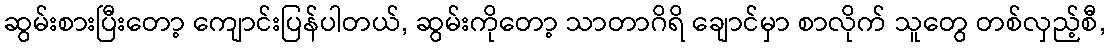
ဆွမ်းစားပြီးတော့ ကျောင်းပြန်ပါတယ်, ဆွမ်းကိုတော့ သာတာဂိရိ ချောင်မှာ စာလိုက် သူတွေ တစ်လှည့်စီ,